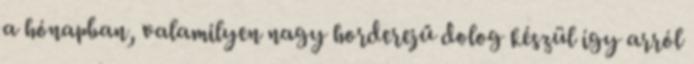
a hónapban, valamilyen nagy horderejű dolog készül így arról